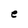
Character: e